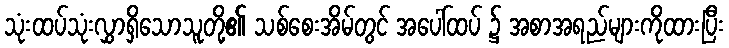
သုံးထပ်သုံးလွှာရှိသောသူတို့၏ သစ်စေးအိမ်တွင် အပေါ်ထပ် ၌ အစာအရည်များကိုထားပြီး